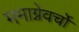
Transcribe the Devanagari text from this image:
ममाग्नेवर्चो